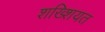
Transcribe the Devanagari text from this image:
शख्शियत